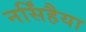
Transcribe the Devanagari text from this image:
नर्सिंहैया